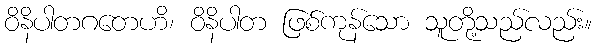
ဝိနိပါတဂတေဟိ၊ ဝိနိပါတ ဖြစ်ကုန်သော သူတို့သည်လည်း။